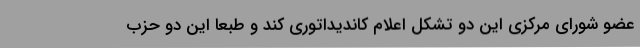
عضو شورای مرکزی این دو تشکل اعلام کاندیداتوری کند و طبعاً این دو حزب